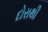
દોરાથી